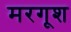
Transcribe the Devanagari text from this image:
मरगूश